Vaccination in Bombay 1889-1901 - 1889-1901
Year: 1889
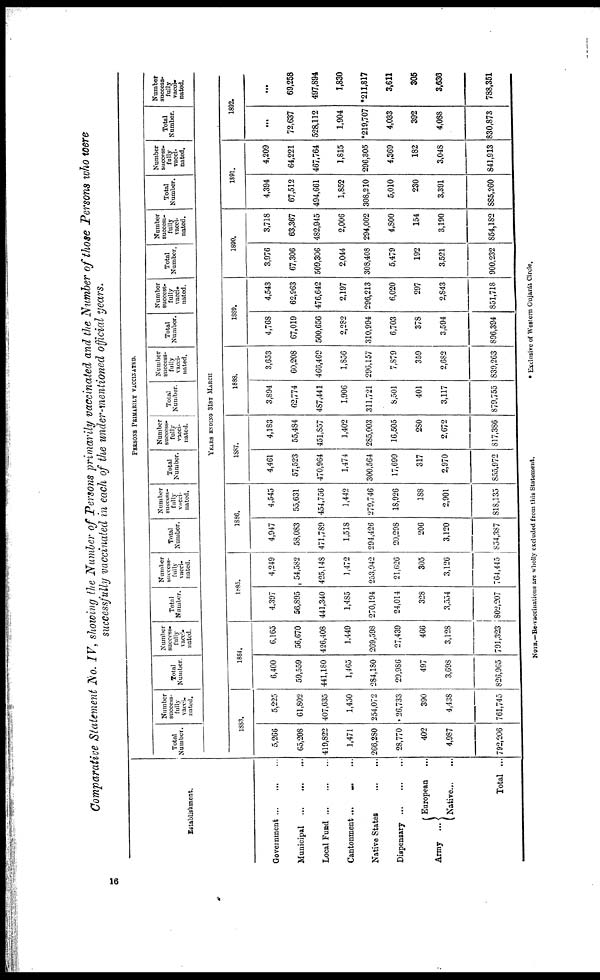
Comparative Statement No. IV, showing the Number of Persons primarily vaccinated and the Number of those Persons who were
successfully vaccinated in each of the under-mentioned official years.
Establishment.
Government
...
...
...
Municipal
...
...
...
Local Fund
...
...
...
Cantonment ... ... ...
Native States
...
...
Dispensary
...
...
...
Army ...
European ...
Native ... ...
Total ...
PERSONS PRIMARILY VACCINATED.
Total
Number.
Number
success-
fully
vacci.
nated.
Total
Number.
Number
success-
fully
vacci-
nated.
Total
Number.
Number
success-
fully
vacci-
nated.
Total
Number.
Number
success-
fully
vacci-
nated.
Total
Number.
Number
success-
fully
vacci-
nated.
Total
Number.
Number
success-
fully
vacci-
nated.
Total
Number.
Number
success-
fully
vacci-
nated.
Total
Number.
Number
success-
fully
vacci-
nated.
Total
Number.
Number
success-
fully
vacci-
nated.
Total
Number.
Number
success-
fully
vacci-
nated.
YEARS ENDING 31ST MARCH
1883.
5,266
65,208
419,822
1,471
266,280
28,770
402
4,987
792,206
5,225
61,802
407,635
1,450
254,072
26,733
390
4,438
761,745
1884.
6,400
59,559
441,180
1,465
284,180
29,986
497
3,698
826,965
6,165
56,670
426,408
1,449
269,598
27,439
466
3,128
791,323
1885.
4,397
56,895
441,340
1,485
270,194
24,014
328
3,554
802,207
4,249
54,582
425,148
1,472
253,942
21,626
305
3,126
764,445
1886.
4,947
58,083
471,789
1,518
294,426
20,298
206
3,120
854,387
4,545
55,631
454,756
1,442
279,746
18,926
188
2,901
818,135
1887.
4,461
57,523
470,964
1,474
300,564
17,699
317
2,970
855,972
4,183
55,484
451,857
1,402
285,003
16,505
280
2,672
817,386
1888.
3,894
62,774
487,441
1,906
311,721
8,501
401
3,117
879,755
3,653
60,208
466,469
1,856
296,157
7,879
359
2,682
839,263
1889.
4,768
67,019
500,656
2,282
310,994
6,703
378
3,594
896,394
4,543
62,963
476,642
2,197
296,213
6,020
297
2,843
851,718
1890.
3,976
67,306
509,306
2,044
308,408
5,479
192
3,521
900,232
3,718
63,367
482,945
2,006
294,002
4,800
154
3,190
854,182
1891.
4,394
67,512
494,661
1,852
308,210
5,010
230
3,391
885,260
4,209
64,221
467,764
1,815
296,305
4,369
182
3,048
841,913
1892.
...
72,637
528,112
1,904
*219,707
4,033
392
4,088
830,873
...
69,258
497,894
1,830
*211,817
3,611
305
3,636
788,351
NOTE.—Re-vaccinations are wholly excluded from this Statement.
* Exclusive of Western Gujarát Circle.
16